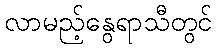
လာမည့်နွေရာသီတွင်